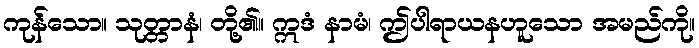
ကုန်သော။ သုတ္တာနံ၊ တို့၏။ ဣဒံ နာမံ၊ ဤပါရာယနဟူသော အမည်ကို။